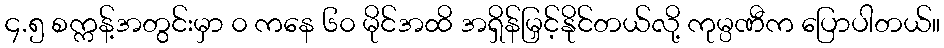
၄.၅ စက္ကန့်အတွင်းမှာ ၀ ကနေ ၆၀ မိုင်အထိ အရှိန်မြှင့်နိုင်တယ်လို့ ကုမ္ပဏီက ပြောပါတယ်။